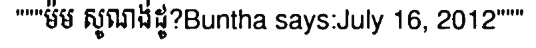
"""ម៉ម សូណង់ដូ?Buntha says:July 16, 2012"""